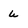
Character: u